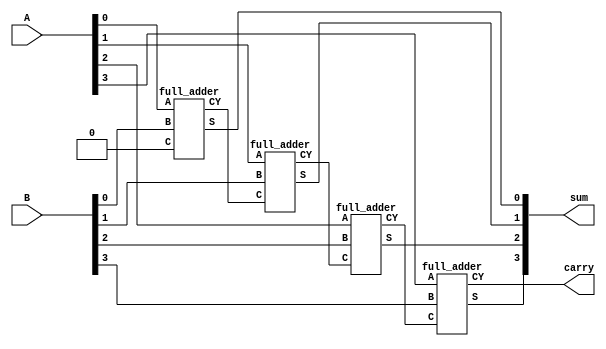
/*module fourbitRCAdder(
    input [3:0] a,
    input [3:0] b,
    output [3:0] sum,
    output carry
    );
        wire cin;
        
        assign cin = 1'b0;
        full_adder Fadder1( .a( a[0] ), .b( b[0]), .cin( cin ), .s( sum[0]), .cout( ripple0 ) );
        full_adder Fadder2( .a( a[1] ), .b( b[1]), .cin( ripple0 ), .s( sum[1]), .cout( ripple1 ) );
        full_adder Fadder3( .a( a[2] ), .b( b[2]), .cin( ripple1 ), .s( sum[2]), .cout( ripple2 ) );
        full_adder Fadder2( .a( a[3] ), .b( b[3]), .cin( ripple2 ), .s( sum[3]), .cout( carry ) );

endmodule

module full_adder (
         input a,
         input b,
         input cin,
         output s,
         output cout );
         
         // wires (from ands to or)
         wire w1, w2, w3;
         
         // carry-out circuitry
         and( w1, a, b );
         and( w2, a, cin );
         and( w3, b, cin );
         or( cout, w1, w2, w3 );
         
         // sum
         xor( s, a, b, cin );

endmodule*/

module fourbitRCAdder(
    input [3:0] A,
    input [3:0] B,
    output [3:0] sum,
    output carry
    );
        wire cin;
        
        assign cin = 1'b0;
        full_adder Fadder1( .A( A[0] ), .B( B[0]), .C( cin ), .S( sum[0]), .CY( ripple0 ) );
        full_adder Fadder2( .A( A[1] ), .B( B[1]), .C( ripple0 ), .S( sum[1]), .CY( ripple1 ) );
        full_adder Fadder3( .A( A[2] ), .B( B[2]), .C( ripple1 ), .S( sum[2]), .CY( ripple2 ) );
        full_adder Fadder4( .A( A[3] ), .B( B[3]), .C( ripple2 ), .S( sum[3]), .CY( carry ) );

endmodule

module full_adder (
         input A,
         input B,
         input C,
         output S,
         output CY );
         
         // wires (from ands to or)
         wire w1, w2, w3;
         
         // carry-out and sum circuitry
			xor (w1, A, B);
			nand (w2, w1, C);
			nand (w3, A, B);
			xor (S, C, w1);
			nand (CY, w2, w3);
      
endmodule